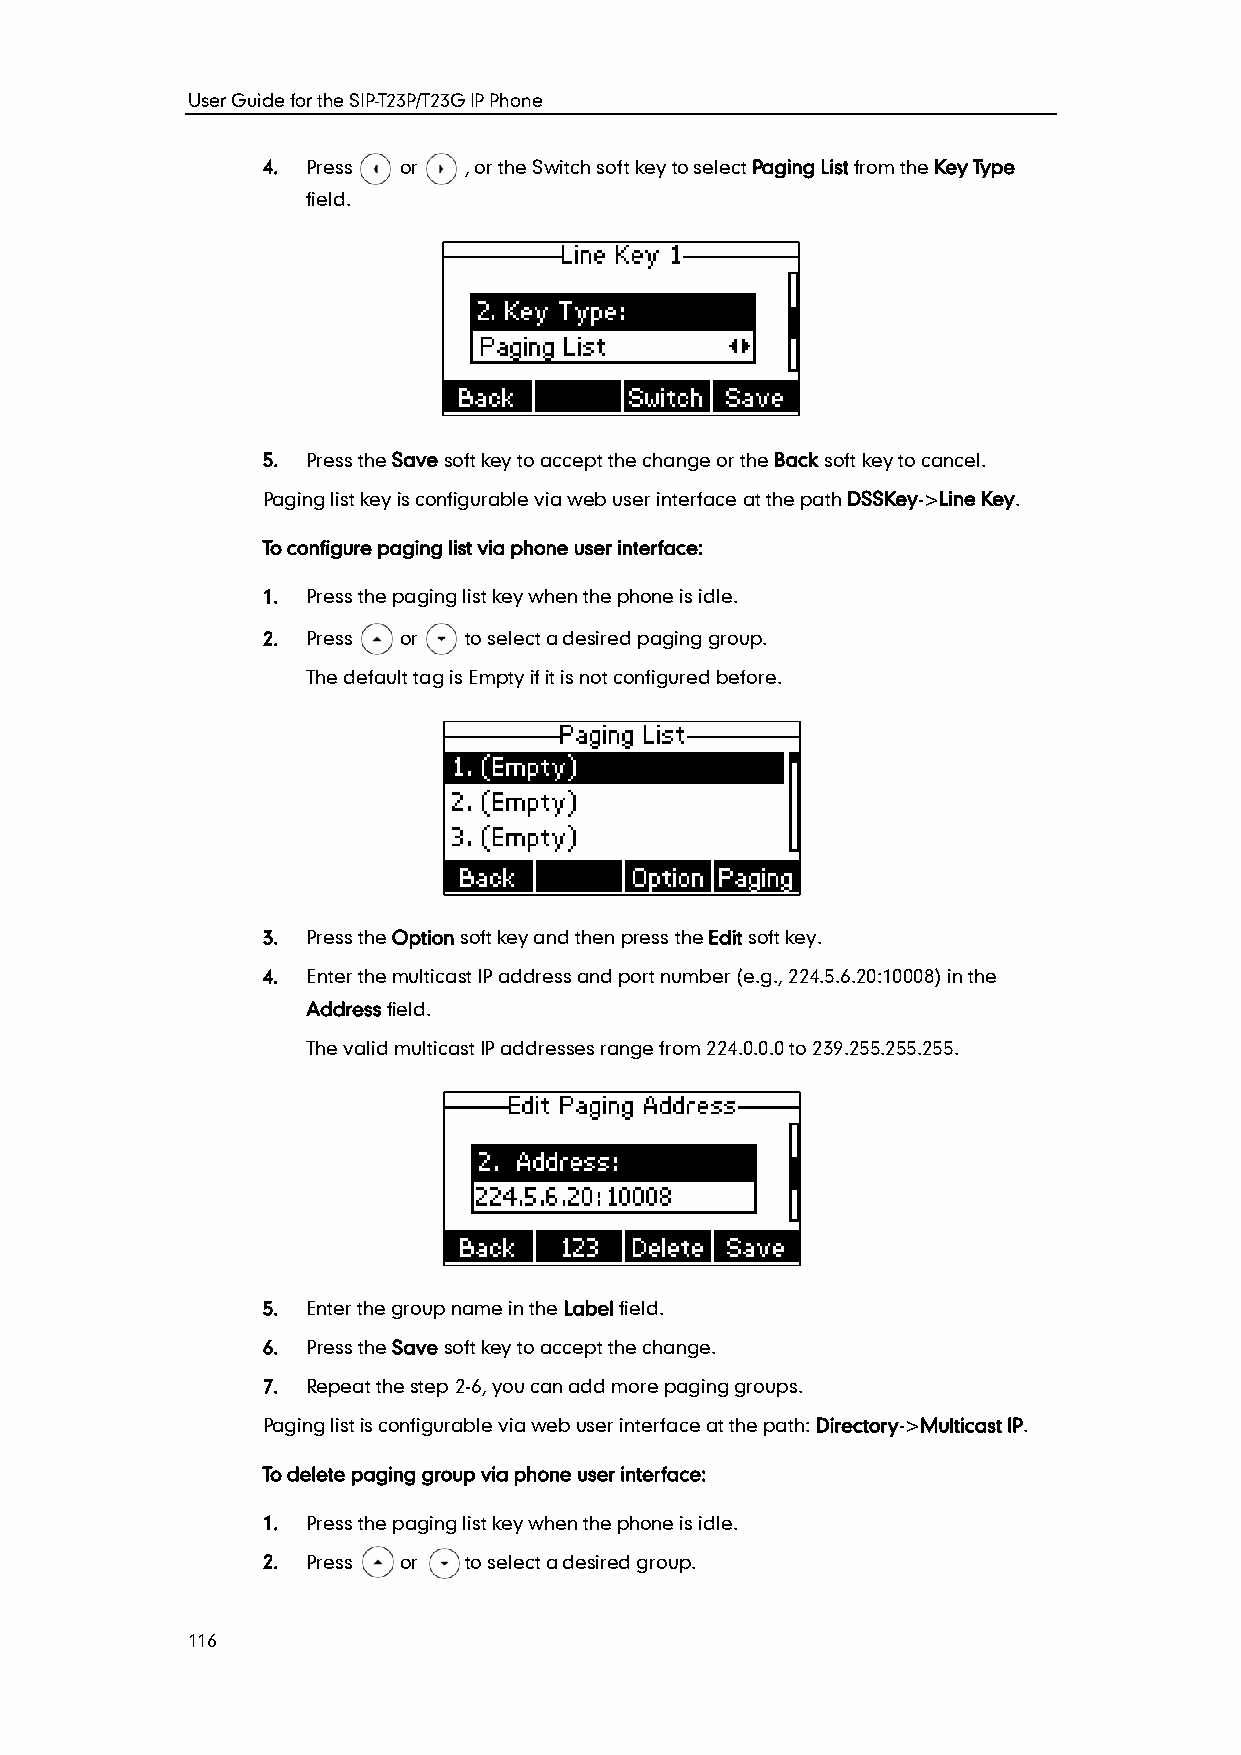
User Guide for the SIP-T23P/T23G IP Phone
 4. Press or   , or the Switch soft key to select Paging List from the Key Type
 field.
 5. Press the Save soft key to accept the change or the Back soft key to cancel.
 Paging list key is configurable via web user interface at the path DSSKey->Line Key.
 To configure paging list via phone user interface:
 1. Press the paging list key when the phone is idle.
 2. Press or   to select a desired paging group.
 The default tag is Empty if it is not configured before.
 3. Press the Option soft key and then press the Edit soft key.
 4. Enter the multicast IP address and port number (e.g., 224.5.6.20:10008) in the
 Address field.
 The valid multicast IP addresses range from 224.0.0.0 to 239.255.255.255.
 5. Enter the group name in the Label field.
 6. Press the Save soft key to accept the change.
 7. Repeat the step 2-6, you can add more paging groups.
 Paging list is configurable via web user interface at the path: Directory->Multicast IP.
 To delete paging group via phone user interface:
 1. Press the paging list key when the phone is idle.
 2. Press or   to select a desired group.
 116